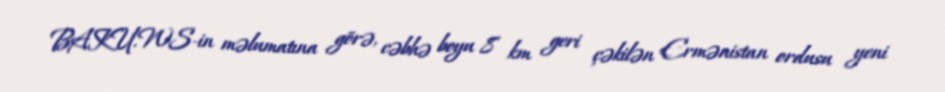
BAKU.WS-in məlumatına görə, cəbhə boyu 8 km geri çəkilən Ermənistan ordusu yeni